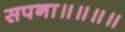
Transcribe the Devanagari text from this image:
सपना॥॥॥॥